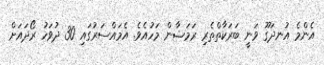
އެންމެ އުނދަގޫ ވަނީ ބަރަކާތްތެރި ރަމަޟާން މަހުއެވެ. އެމައްސަރުގައި 30 ދުވަހު ރޯދައަށް